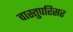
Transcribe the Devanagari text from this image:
वास्तुपरिसर